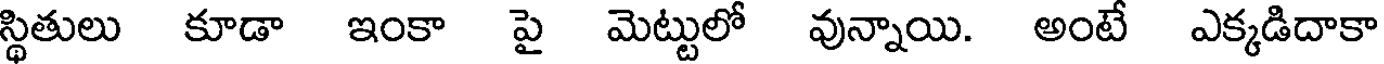
స్థితులు కూడా ఇంకా పై మెట్టులో వున్నాయి. అంటే ఎక్కడిదాకా